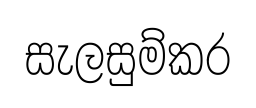
සැලසුම්කර